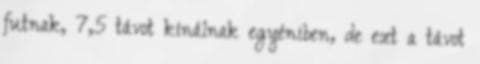
futnak, 7,5 távot kínálnak egyéniben, de ezt a távot